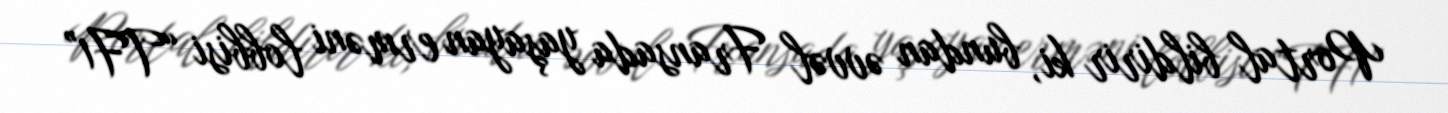
Portal bildirir ki, bundan əvvəl Fransada yaşayan erməni lobbisi “TF1”